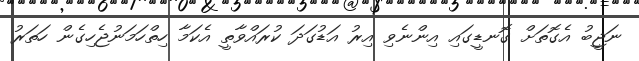
ނަޖީބު އެގޮތަށް ގޮނޑީގައި އިންނެވި އިރު އަޑުގަދަ ކުރައްވާތީ އެކަމާ ހިތްހަމަނުޖެހިގެން ހަތަރު